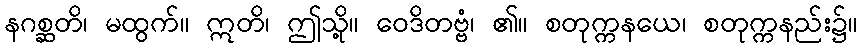
နဂစ္ဆတိ၊ မထွက်။ ဣတိ၊ ဤသို့။ ဝေဒိတဗ္ဗံ၊ ၏။ စတုက္ကနယေ၊ စတုက္ကနည်း၌။